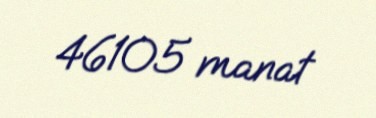
46105 manat